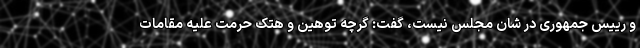
و رییس جمهوری در شان مجلس نیست، گفت: گرچه توهین و هتک حرمت علیه مقامات